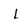
Character: L